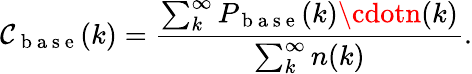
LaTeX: \mathcal{C}_{\mathrm{{~b~a~s~e~}}}(k)=\frac{{\sum_{k}^{\infty}P_{\mathrm{{~b~a~s~e~}}}(k)\cdotn(k)}}{{\sum_{k}^{\infty}n(k)}}.